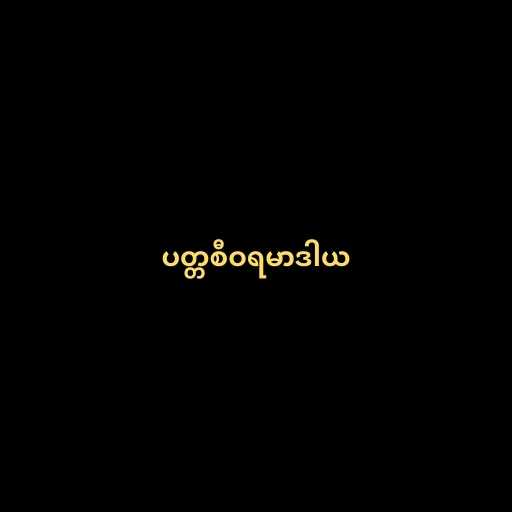
ပတ္တစီဝရမာဒါယ